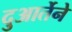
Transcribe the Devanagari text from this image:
दुआर्तेने